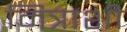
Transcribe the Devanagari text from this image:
मित्राशी